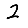
Digit: 2